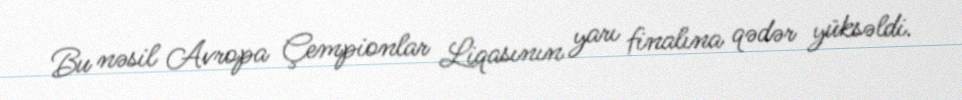
Bu nəsil Avropa Çempionlar Liqasının yarı finalına qədər yüksəldi.